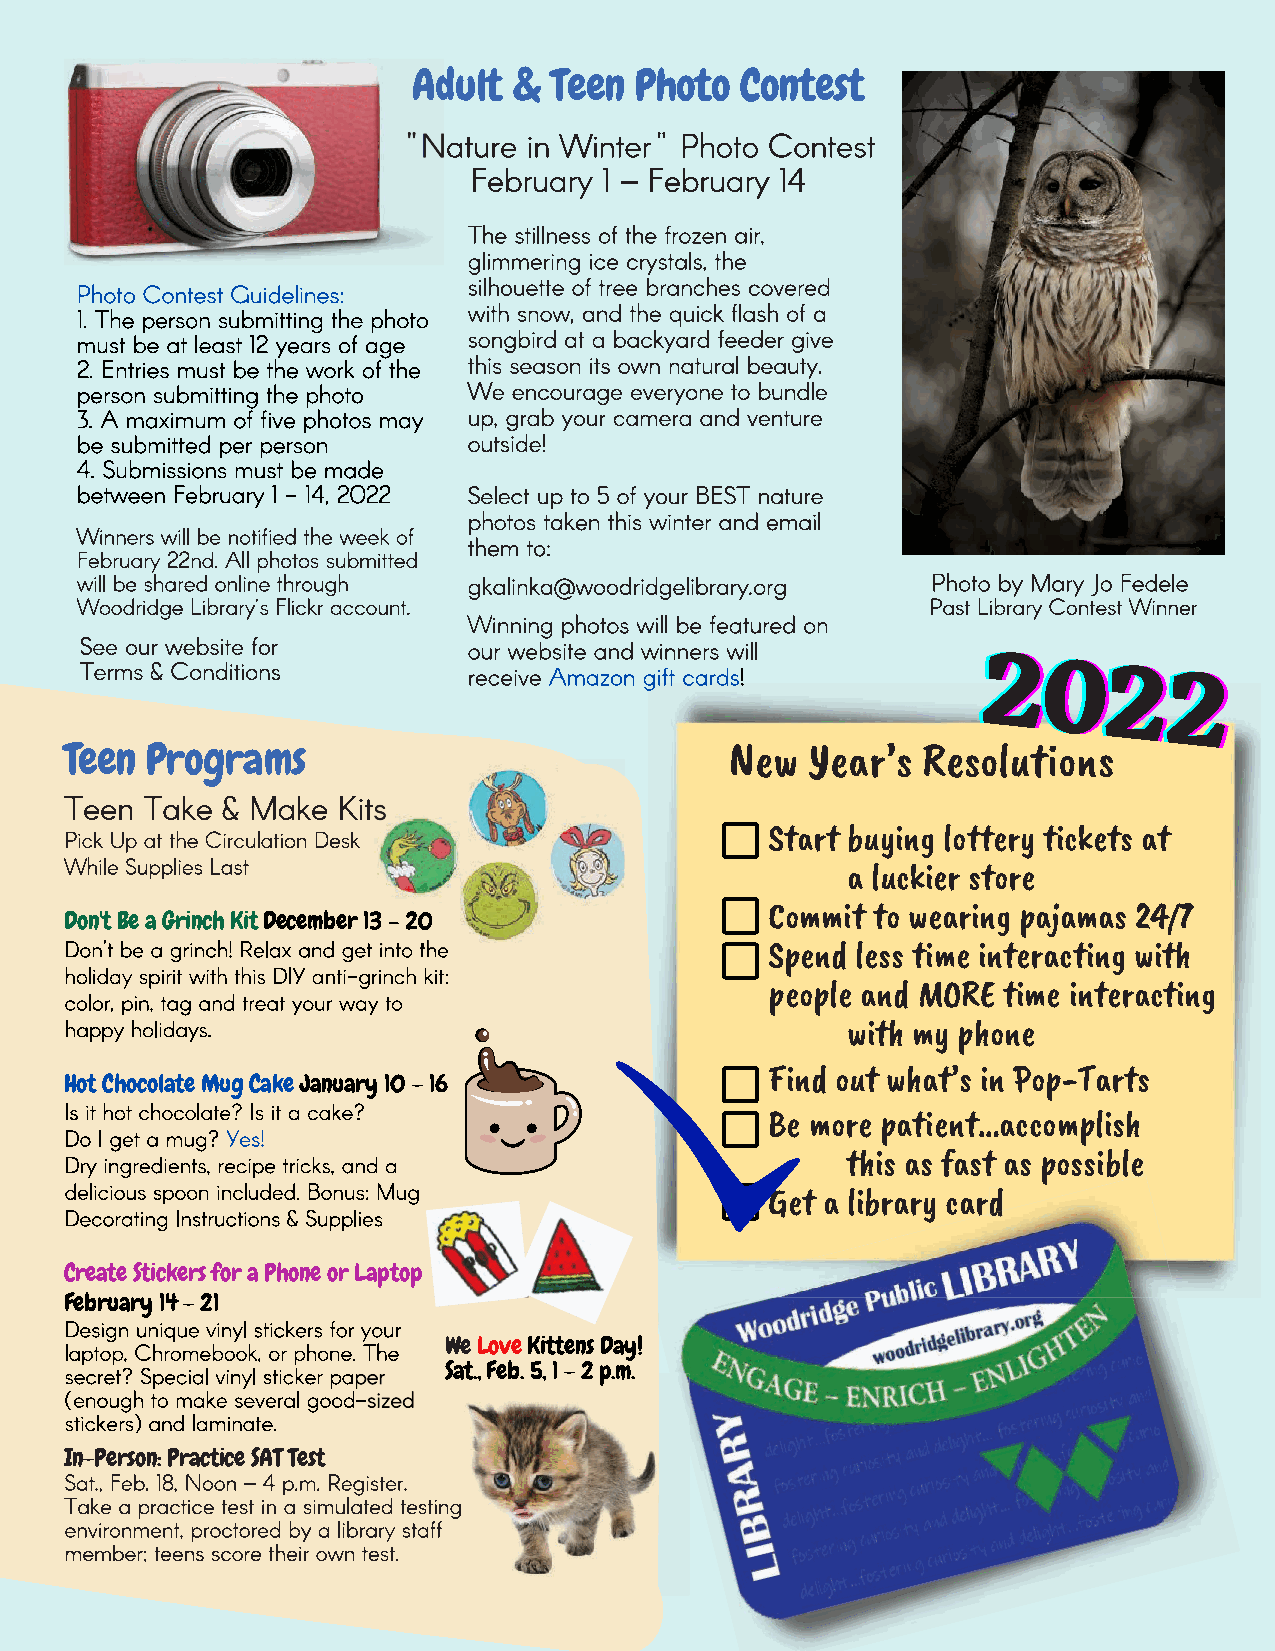
AAddult & Teen Photo  Contest
 222000222222
 Teen  Programs                              New   Year’s Resolutions
 Start buying lottery tickets at
 a luckier store
 Commit to wearing pajamas 24/7
 Don't Be a Grinch Kit December 133 –– 2200
 Spend less time interacting with
 people and MORE time interacting
 with my phone
 Find out what’s in Pop-Tarts
 Hot Chocolate Mug Cake January 10 – 16
 Be more patient…accomplish
 this as fast as possiblee
 Get a library carrdd
 Create Stickers for a Phone or Laptop
 February 14 - 21
 We Love Kittens Day!
 Sat., Feb. 5, 1 - 2 p.m.
 In-Person: Practice SAT Test